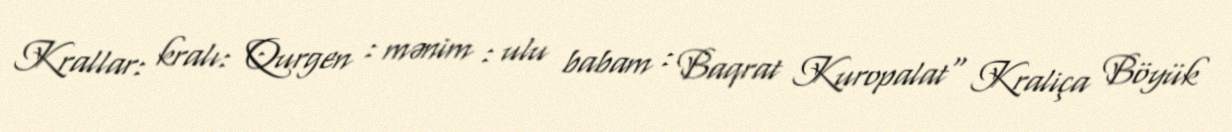
Krallar: kralı: Qurgen : mənim : ulu babam : Baqrat Kuropalat" Kraliça Böyük